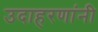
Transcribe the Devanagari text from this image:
उदाहरणांनी